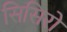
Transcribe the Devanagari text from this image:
सिसिरो